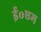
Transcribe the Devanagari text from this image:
ई॰एम